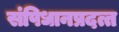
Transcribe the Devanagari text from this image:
संपिधानप्रदत्त